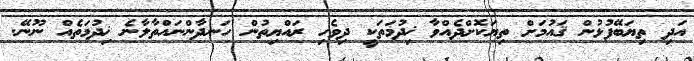
އަދި ތިޔަބޭފުޅުން ޤައުމަށް ތިޔަކޮށްދެއްވާ ޚިދުމަތަކީ ދިވެހި ރައްޔިތުން ހަނދާންނައްތާލާނެ ޚިދުމަތެއް ނޫނޭ.